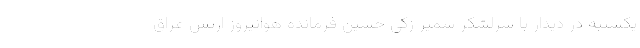
یکشنبه در دیدار با سرلشکر سمیر زکی حسین فرمانده هوانیروز ارتش عراق